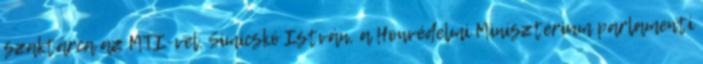
szaktárca az MTI-vel. Simicskó István, a Honvédelmi Minisztérium parlamenti